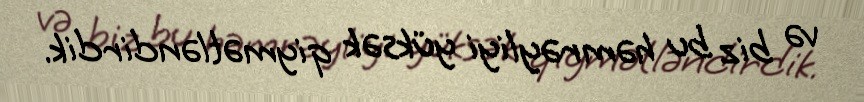
və biz bu həmrəyliyi yüksək qiymətləndirdik.